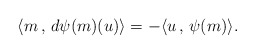
\begin{align*} \langle m \,,\, d\psi(m)(u)\rangle = -\langle u\,,\, \psi(m)\rangle.\end{align*}